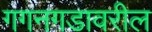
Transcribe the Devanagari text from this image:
गगनगडावरील